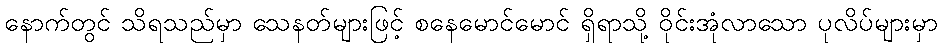
နောက်တွင် သိရသည်မှာ သေနတ်များဖြင့် စနေမောင်မောင် ရှိရာသို့ ဝိုင်းအုံလာသော ပုလိပ်များမှာ